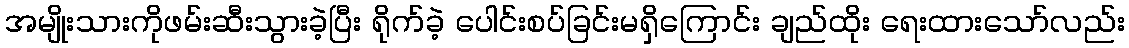
အမျိုးသားကိုဖမ်းဆီးသွားခဲ့ပြီး ရိုက်ခဲ့ ပေါင်းစပ်ခြင်းမရှိကြောင်း ချည်ထိုး ရေးထားသော်လည်း